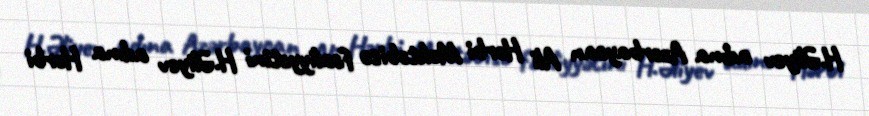
H.Əliyev adına Azərbaycan Ali Hərbi Məktəbisə fəaliyyətini H.Əliyev adına Hərbi